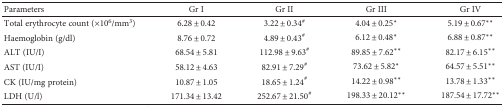
<table><thead><tr><td><b>Parameters</b></td><td><b>Gr I</b></td><td><b>Gr II</b></td><td><b>Gr III</b></td><td><b>Gr IV</b></td></tr></thead><tbody><tr><td>Total erythrocyte count (×10<sup>6</sup>/mm<sup>3</sup>)</td><td>6.28 ± 0.42</td><td>3.22 ± 0.34<sup>#</sup></td><td>4.04 ± 0.25<sup>∗</sup></td><td>5.19 ± 0.67<sup>∗∗</sup></td></tr><tr><td>Haemoglobin (g/dl)</td><td>8.76 ± 0.72</td><td>4.89 ± 0.43<sup>#</sup></td><td>6.12 ± 0.48<sup>∗</sup></td><td>6.88 ± 0.87<sup>∗∗</sup></td></tr><tr><td>ALT (IU/I)</td><td>68.54 ± 5.81</td><td>112.98 ± 9.63<sup>#</sup></td><td>89.85 ± 7.62<sup>∗∗</sup></td><td>82.17 ± 6.15<sup>∗∗</sup></td></tr><tr><td>AST (IU/I)</td><td>58.12 ± 4.63</td><td>82.91 ± 7.29<sup>#</sup></td><td>73.62 ± 5.82<sup>∗</sup></td><td>64.57 ± 5.51<sup>∗∗</sup></td></tr><tr><td>CK (IU/mg protein)</td><td>10.87 ± 1.05</td><td>18.65 ± 1.24<sup>#</sup></td><td>14.22 ± 0.98<sup>∗∗</sup></td><td>13.78 ± 1.33<sup>∗∗</sup></td></tr><tr><td>LDH (U/l)</td><td>171.34 ± 13.42</td><td>252.67 ± 21.50<sup>#</sup></td><td>198.33 ± 20.12<sup>∗∗</sup></td><td>187.54 ± 17.72<sup>∗∗</sup></td></tr></tbody></table>